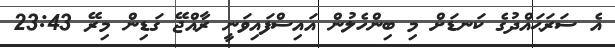
އެ ސަރަޙައްދުގެ ކަނޑަށް މި ބިންހެލުން އައިސްފައިވަނީ ރާއްޖޭ ގަޑިން މިރޭ 23:43